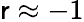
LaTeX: \mathsf{r}\approx-1